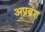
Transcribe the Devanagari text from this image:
अप्रब्रंश